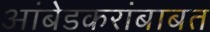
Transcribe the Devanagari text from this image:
आंबेडकरांबाबत